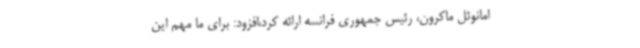
امانوئل ماکرون، رئیس جمهوری فرانسه ارائه کرد،افزود: برای ما مهم این